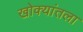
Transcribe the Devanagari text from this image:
खोक्यांतला